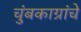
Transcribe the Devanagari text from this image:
चुंबकाग्रांचे